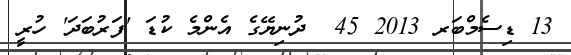
13 ޑިސެމްބަރ 2013 45  ދުނިޔޭގެ އެންމެ ކުޑަ 'ފަރުބަދަ' ހުރީ